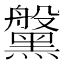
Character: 𪒀